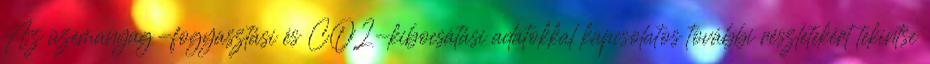
Az üzemanyag-fogyasztási és CO2-kibocsátási adatokkal kapcsolatos további részletekért tekintse